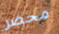
محضر